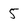
Character: 5